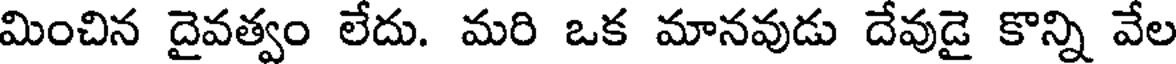
మించిన దైవత్వం లేదు. మరి ఒక మానవుడు దేవుడై కొన్ని వేల